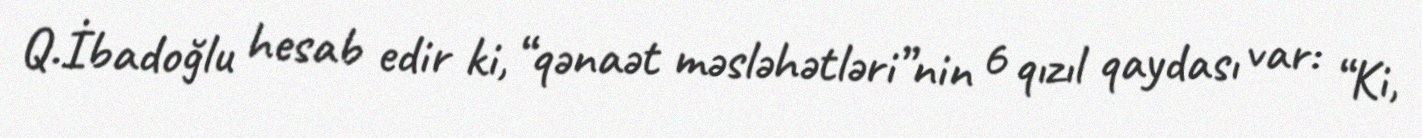
Q.İbadoğlu hesab edir ki, “qənaət məsləhətləri”nin 6 qızıl qaydası var: “Ki,